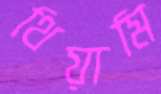
থিয়ামি